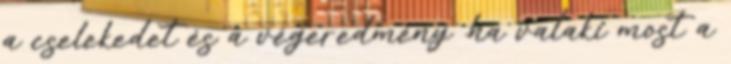
a cselekedet és a végeredmény .ha valaki most a